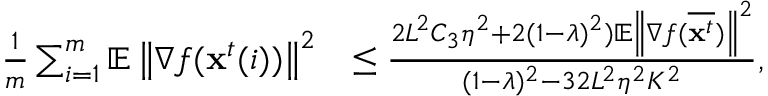
\begin{array} { r l } { \frac { 1 } { m } \sum _ { i = 1 } ^ { m } \mathbb { E } \left\| \nabla f ( \mathbf { x } ^ { t } ( i ) ) \right\| ^ { 2 } } & { \leq \frac { 2 L ^ { 2 } C _ { 3 } \eta ^ { 2 } + 2 ( 1 - \lambda ) ^ { 2 } ) \mathbb { E } \left\| \nabla f ( \overline { { \mathbf { x } ^ { t } } } ) \right\| ^ { 2 } } { ( 1 - \lambda ) ^ { 2 } - 3 2 L ^ { 2 } \eta ^ { 2 } K ^ { 2 } } , } \end{array}